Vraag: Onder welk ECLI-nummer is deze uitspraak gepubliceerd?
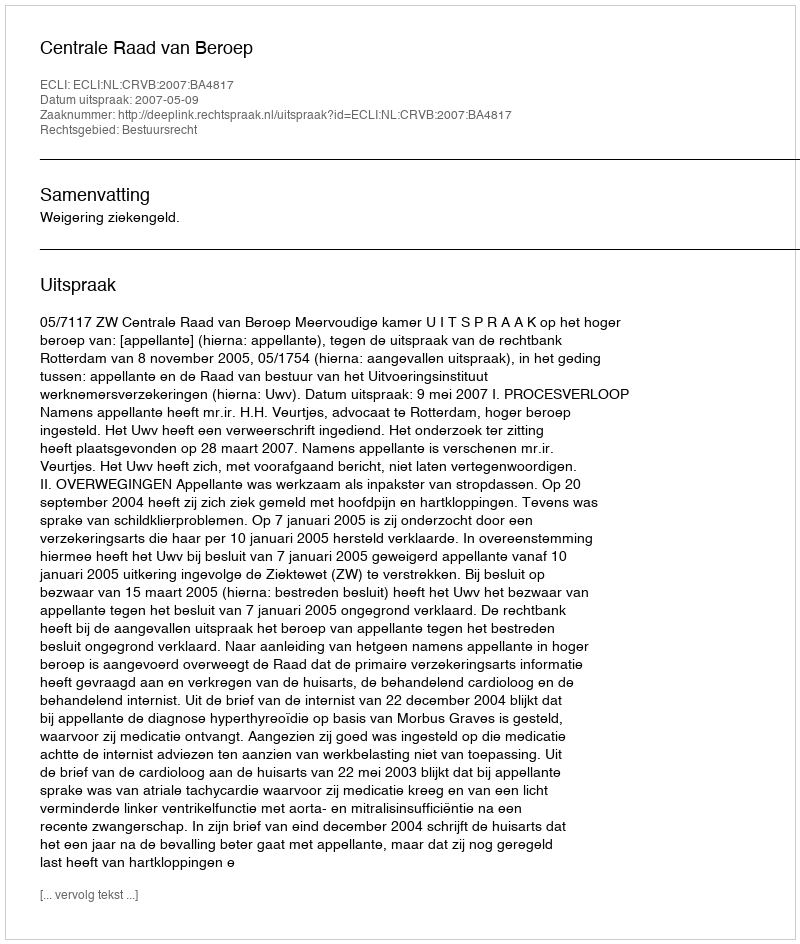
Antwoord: ECLI:NL:CRVB:2007:BA4817